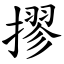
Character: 摎